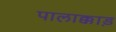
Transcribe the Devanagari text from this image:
पालाक्काड़